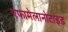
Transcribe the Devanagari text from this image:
एफामेलानोटाइड